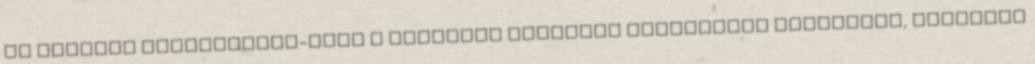
és Stadion Hármashatár-hegy A Népliget Budapest legnagyobb közparkja, amelynek